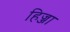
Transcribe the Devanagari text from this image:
हिज्जा